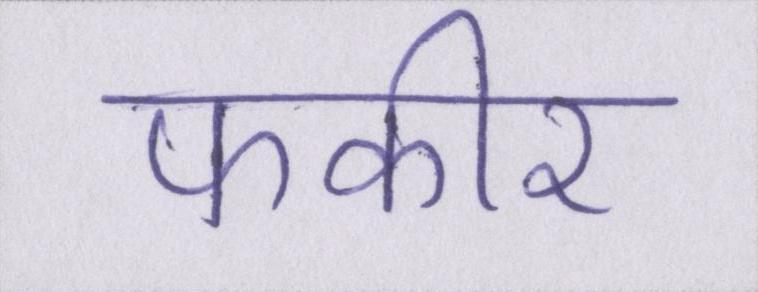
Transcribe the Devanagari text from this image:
फकीर